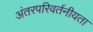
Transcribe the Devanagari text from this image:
अंतरपरिवर्तनीयता